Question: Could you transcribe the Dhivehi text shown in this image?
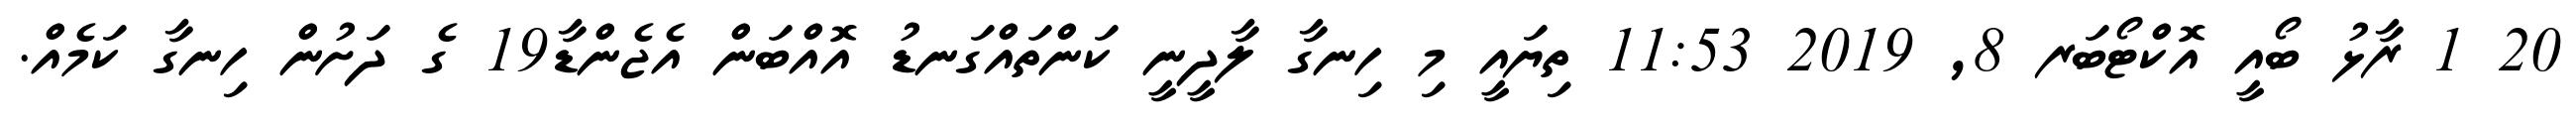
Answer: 20 1 ރާޅު ބޯއީ އޮކްޓޯބަރ 8, 2019 11:53 ތިޔައީ މި ހިނގާ ލާދީނީ ކަންތައްގަނޑު އޮއްބަން އެޖެންޑާ19 ގެ ދަށުން ހިނގާ ކަމެއް.